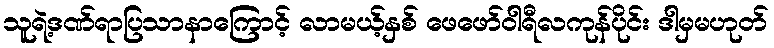
သူရဲ့ဒဏ်ရာပြသာနာကြောင့် လာမယ့်နှစ် ဖေဖော်ဝါရီလကုန်ပိုင်း ဒါမှမဟုတ်